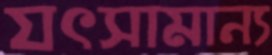
যৎসামান্য